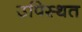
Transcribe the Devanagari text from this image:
उपिस्थत